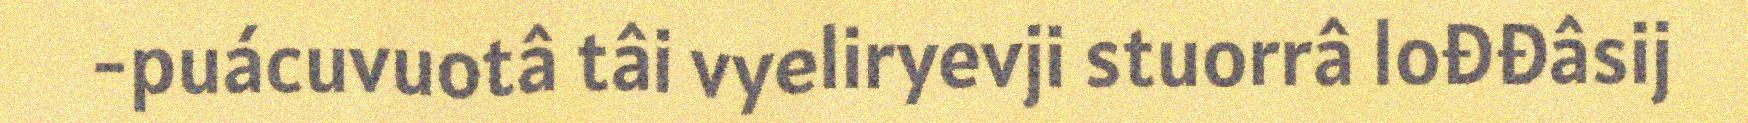
-puácuvuotâ tâi vyeliryevji stuorrâ lođđâsij